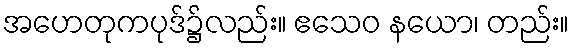
အဟေတုကပုဒ်၌လည်း။ ဧသေဝ နယော၊ တည်း။